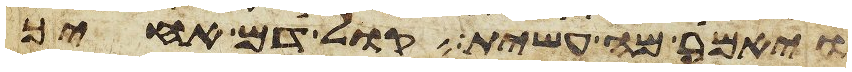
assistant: ויאמר מה עשית קול דם אחיך